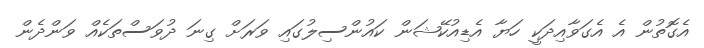
އެގޮތުން އެ އެގަވާއިދަކީ ހަޔާ އެޑިއުކޭޝަން ކައުންސިލުގައި ވަރަށް ގިނަ ދުވަސްތަކެއް ވަންދެން